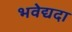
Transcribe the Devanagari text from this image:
भवेद्यदा